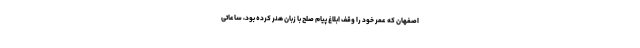
اصفهان که عمر خود را وقف ابلاغ پیام صلح با زبان هنر کرده بود، ساعاتی